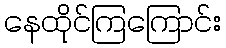
နေထိုင်ကြကြောင်း